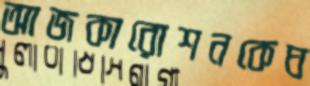
আজকারোশনকেঘ